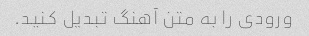
ورودی را به متن آهنگ تبدیل کنید.